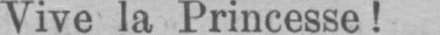
Vive la Princesse!